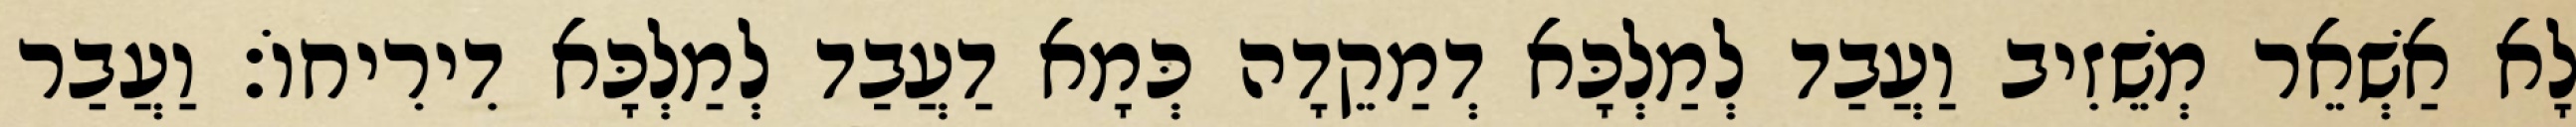
לָא אַשְׁאֵר מְשֵׁזִיב וַעֲבַד לְמַלְכָּא דְמַקֵדָה כְּמָא דַעֲבַד לְמַלְכָּא דִירִיחוֹ׃ וַעֲבַר